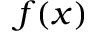
f ( x )